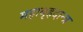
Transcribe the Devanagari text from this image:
महाबृहदान्त्र